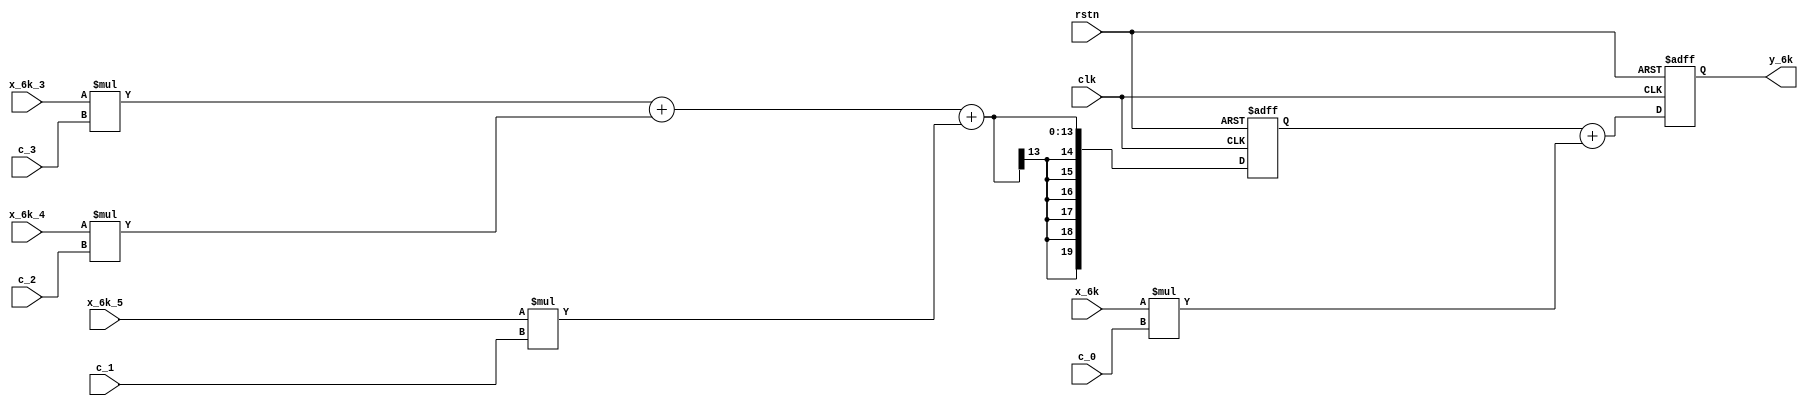
module y_6k 
#
( 
    parameter w_in = 7,//
    parameter y_out = 20,//
    parameter c_in = 5//
)
(
    input clk,
    input rstn,
    input  signed [w_in-1:0] x_6k,
    input  signed [w_in-1:0] x_6k_5,
    input  signed [w_in-1:0] x_6k_4,
    input  signed [w_in-1:0] x_6k_3,
    input  signed [c_in-1:0] c_0,
    input  signed [c_in-1:0] c_1,
    input  signed [c_in-1:0] c_2,
    input  signed [c_in-1:0] c_3,    
    output signed [y_out-1:0] y_6k
);
    parameter w_muti_y = 20;//
    parameter w_add_y = 25;//

    wire signed [w_muti_y-1:0] muti_3;
    wire signed [w_muti_y-1:0] muti_2;
    wire signed [w_muti_y-1:0] muti_1;
    wire signed [w_muti_y-1:0] muti_0;

    assign muti_3 = x_6k_3 * c_3;
    assign muti_2 = x_6k_4 * c_2;
    assign muti_1 = x_6k_5 * c_1;
    assign muti_0 = x_6k * c_0;

    // wire [w_add_y-1:0] add_1;
    // assign add_1 = muti_3 + muti_2 + muti_1;

    reg signed [w_add_y-1:0] add_1;
    always @(*) begin
        add_1 <= muti_3 + muti_2 + muti_1;    
    end

    reg signed [w_add_y-1:0] add_1_reg; 
    always @(posedge clk or negedge rstn) begin
        if(rstn == 1'b0)
            add_1_reg<= 0;
        else add_1_reg <= add_1;
        
    end

    // wire [y_out-1:0] add_0;
    // assign add_0 = add_1_reg + muti_0;

    reg signed [y_out-1:0] add_0;
    always @(*) begin
        add_0 <= add_1_reg + muti_0;
    end

    reg signed [y_out-1:0] out_data; 
    always @(posedge clk or negedge rstn) begin
        if(rstn == 1'b0)
            out_data<= 0;
        else out_data <= add_0;
    end
    assign y_6k = out_data;

endmodule //y_6k